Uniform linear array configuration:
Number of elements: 24
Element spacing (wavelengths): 0.75
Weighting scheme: cosine
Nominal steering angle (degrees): -30
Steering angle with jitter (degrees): -31.36
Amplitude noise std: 0.05
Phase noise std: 0.05

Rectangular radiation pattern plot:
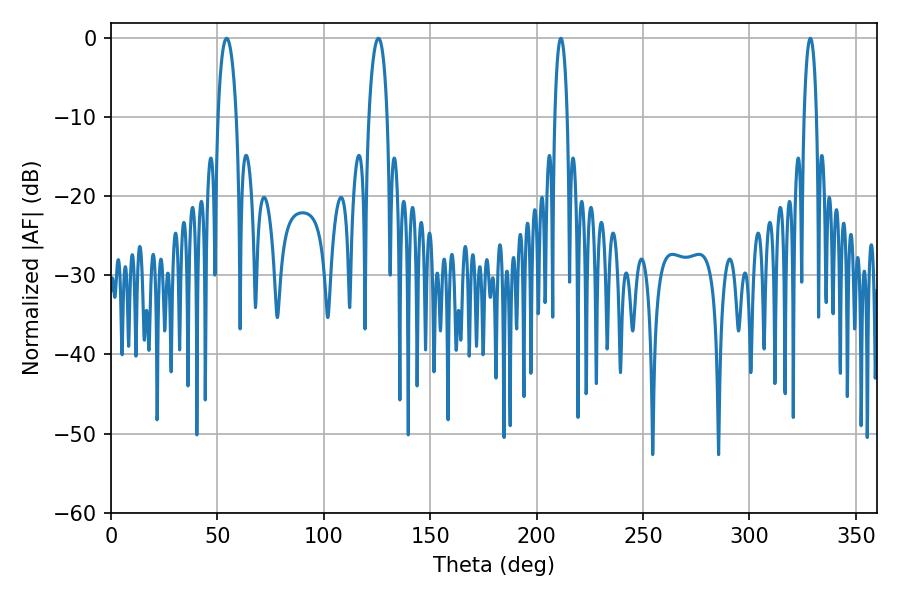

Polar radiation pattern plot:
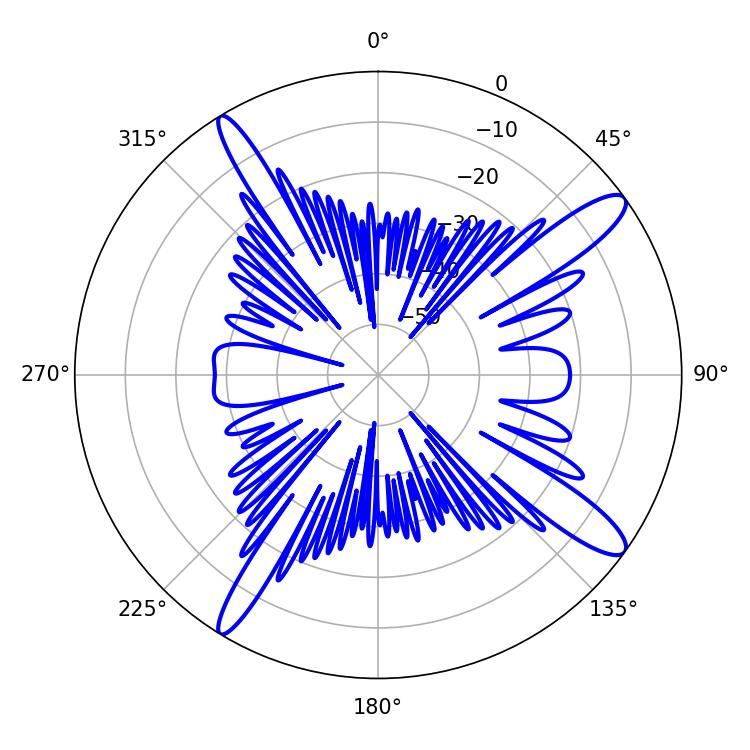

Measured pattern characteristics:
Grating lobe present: TRUE
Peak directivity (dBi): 13.568
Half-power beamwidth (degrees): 4.86
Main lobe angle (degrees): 54.36